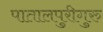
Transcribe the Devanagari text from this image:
पातालपुरीगुरु